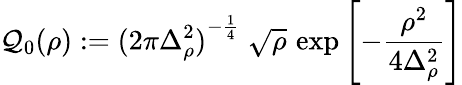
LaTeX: \mathcal{Q}_{0}(\rho):={(2\pi\Delta_{\rho}^{2})}^{-\frac 14}\; \sqrt{\rho}\, \exp\left[-\frac{\rho^{2}}{4\Delta_{\rho}^{2}}\right]